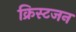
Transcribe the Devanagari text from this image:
क्रिस्टजन